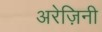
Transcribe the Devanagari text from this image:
अरेज़िनी